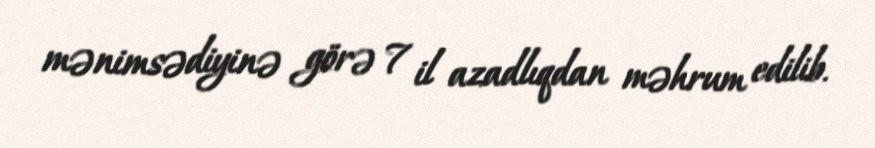
mənimsədiyinə görə 7 il azadlıqdan məhrum edilib.